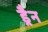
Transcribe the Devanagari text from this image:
ड्रैन